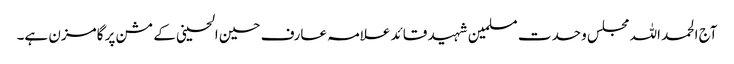
آج الحمد اللہ مجلس وحدت مسلمین شہید قائد علامہ عارف حسین الحسینی کے مشن پر گامزن ہے۔